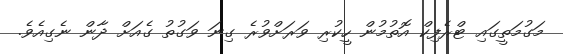
މަގުމަތީގައި ޓްރެފިކް އޮތުމުން ހީކުރި ވަރަށްވުރެ ގިނަ ވަގުތު ގެއަށް ދާން ނެގިއެވެ.